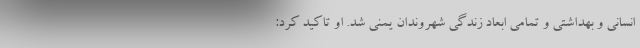
انسانی و بهداشتی و تمامی ابعاد زندگی شهروندان یمنی شد. او تاکید کرد: